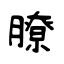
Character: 膫